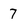
Character: 7